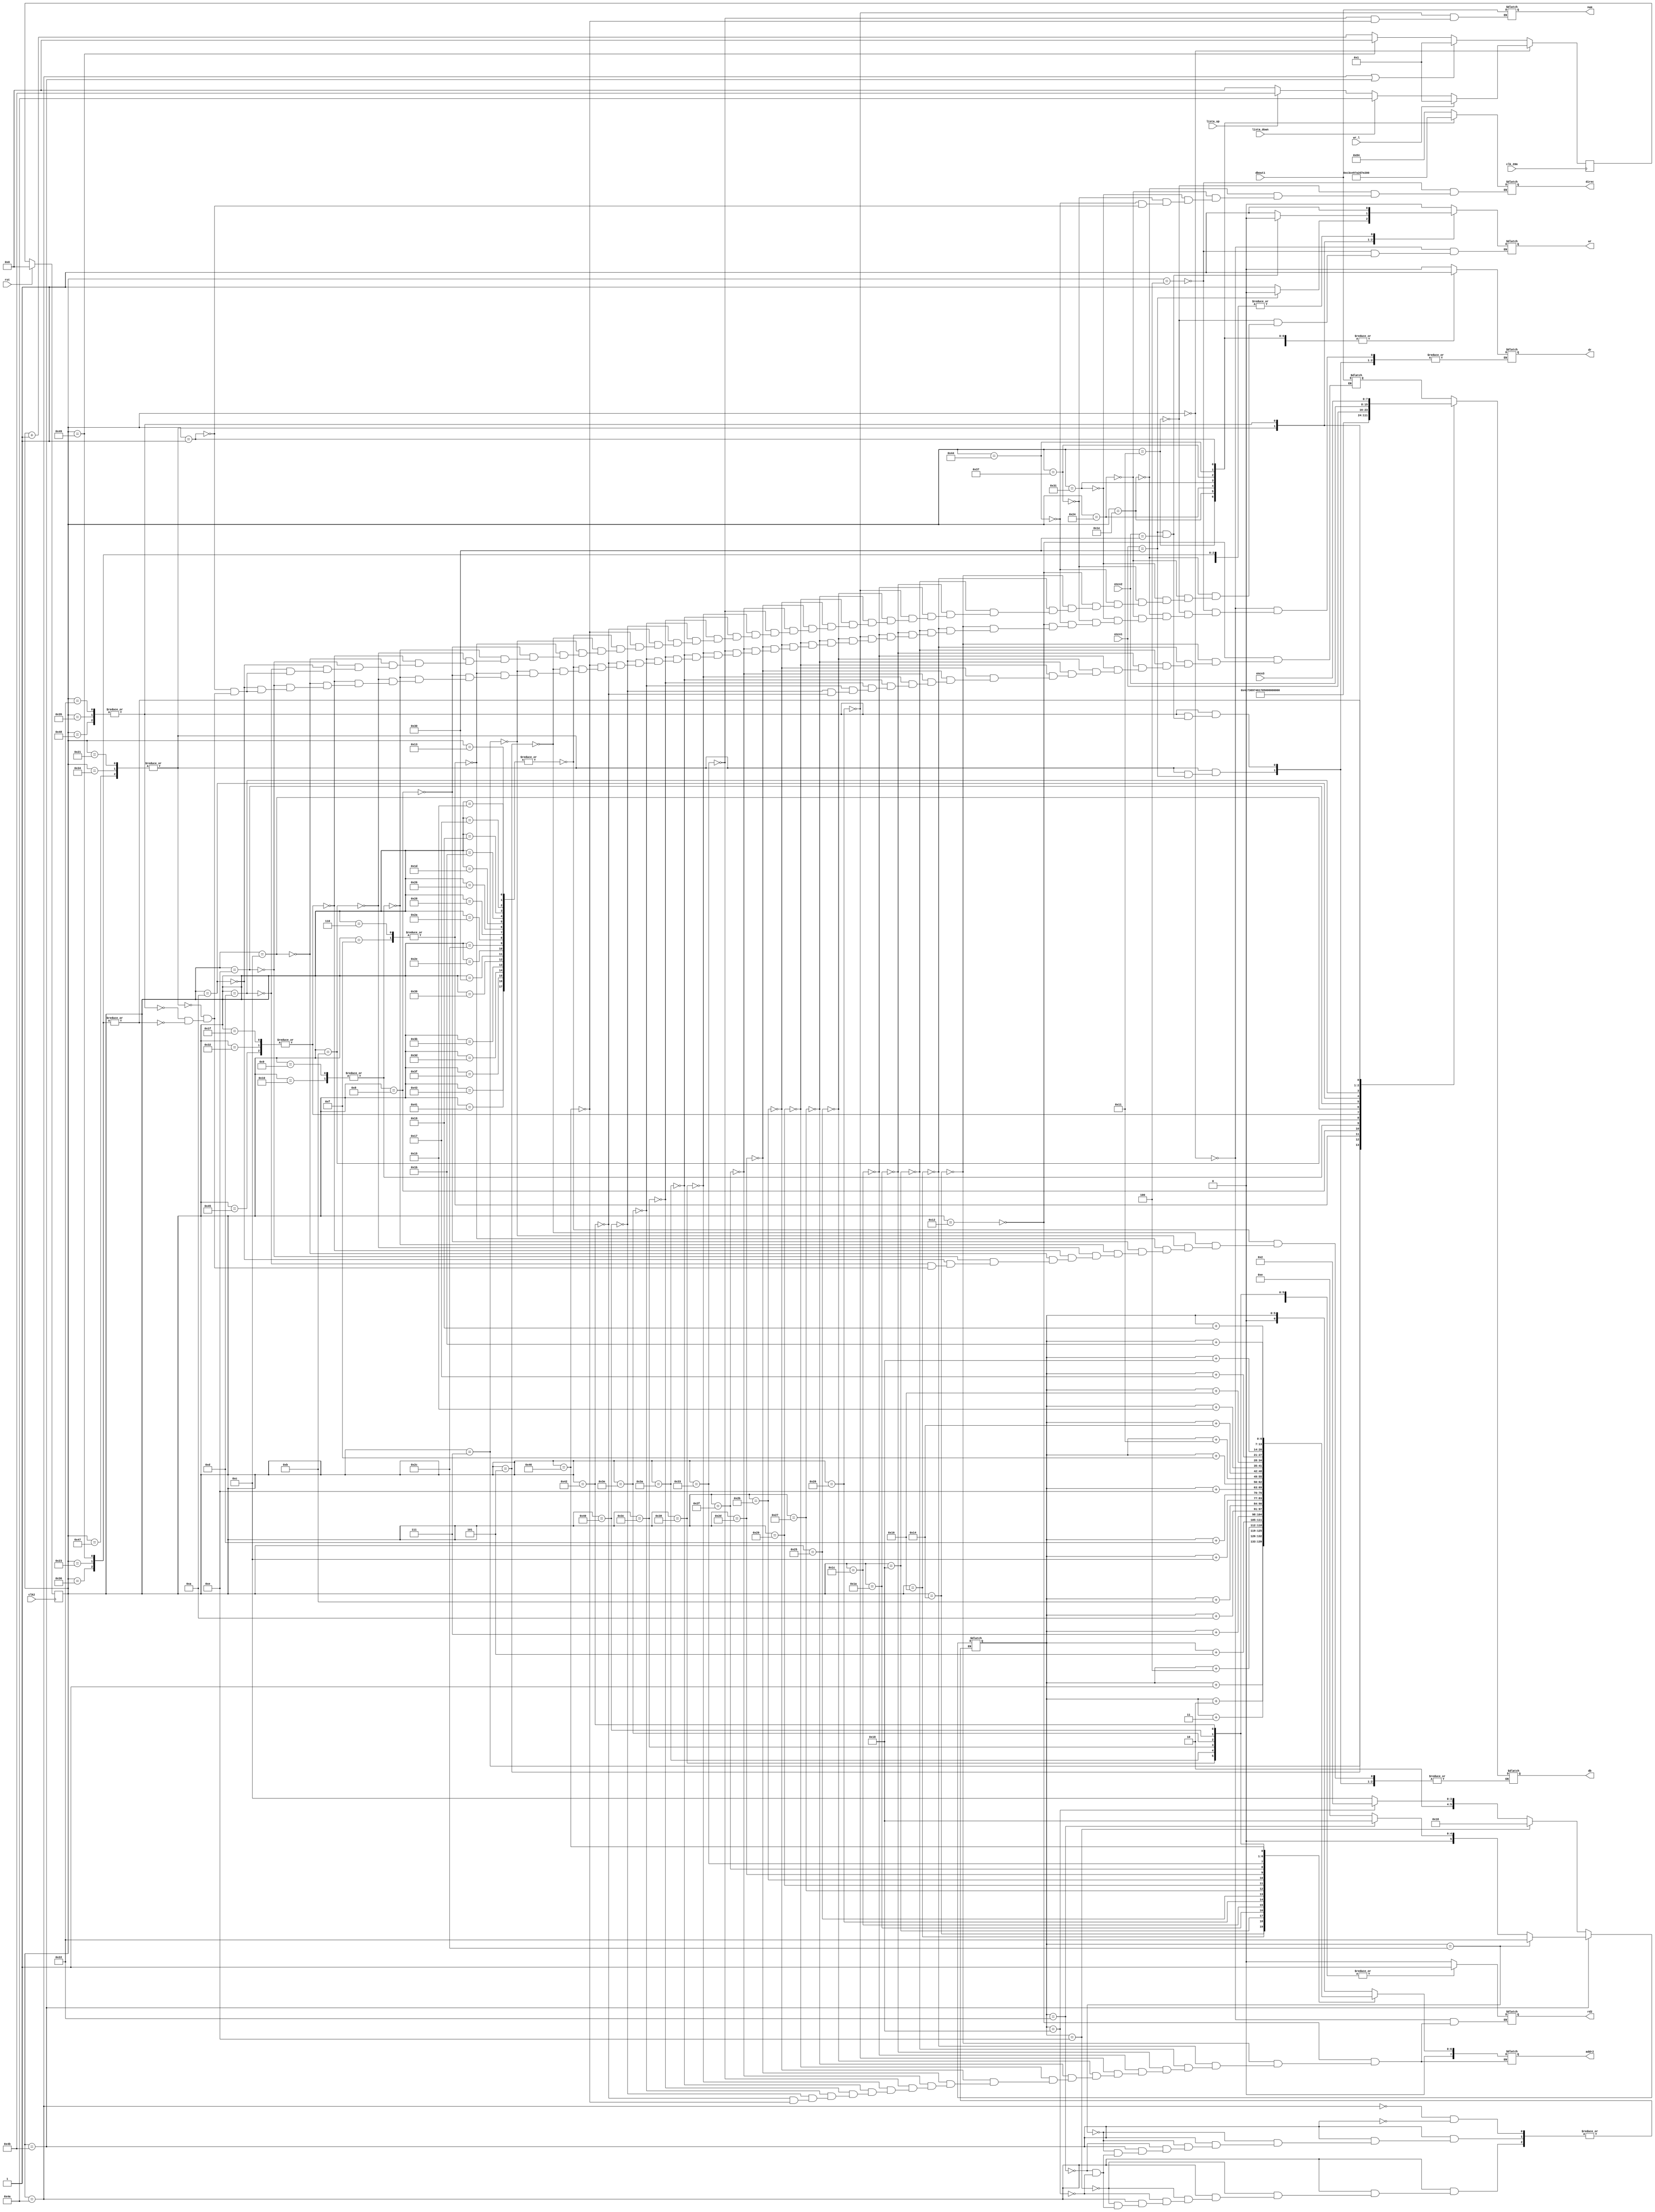
module lista(
	input lista_down,
	input lista_up,
	input rst,
	input clk2,
	input clk_20m,
	input wr_l,
	input [7:0] enco1,
	input [7:0] enco2,
	input [7:0] enco3,
	input [7:0] dbout1,
	output reg [7:0] db,
	output reg [7:0] addr2,
	output reg [7:0] direc,
	output reg wr,
	output reg dr,
	output reg rd2,
	output reg [7:0] num
	);

	reg [7:0] pos = 14;
	reg [6:0] estado = 0;
	reg [6:0] nestado = 0;
	reg [7:0] dbout = 0;
	parameter stay = 0;
	parameter erase = 1;
	parameter dr1 = 4;
	parameter ll = 5;
	parameter i = 6;
	parameter s = 7;
	parameter t = 8;
	parameter a = 9;	
	parameter espace = 10;
	parameter p = 11;
	parameter r = 12;
	parameter e = 13;
	parameter v = 14;
	parameter i2 = 15;
	parameter a2 = 16;
	parameter dr2 = 17; //producto 1
	parameter read = 18;
	parameter l1 = 19;
	parameter read2 = 20; 
	parameter l2 = 21;
	parameter read3 = 22;
	parameter l3 = 23;
	parameter read4 = 24;
	parameter l4 = 25;
	parameter read5 = 26;
	parameter l5 = 27;
	parameter read6 = 28;
	parameter l6 = 29;
	parameter dr3 = 30;
	parameter p2 = 31;
	parameter read7 = 32;
	parameter pasillo1 = 33;
	parameter pasillo2 = 34;
	parameter pasillo3 = 35;
	parameter dr4 = 36; //producto 2
	parameter read8 = 37;
	parameter l12 = 38;
	parameter read9 = 39; 
	parameter l22 = 40;
	parameter read10 = 41;
	parameter l32 = 42;
	parameter read11 = 43;
	parameter l42 = 44;
	parameter read12 = 45;
	parameter l52 = 46;
	parameter read13 = 47;
	parameter l62 = 48;
	parameter dr5 = 49;
	parameter p22 = 50;
	parameter read14 = 51;
	parameter pasillo12 = 52;
	parameter pasillo22 = 53;
	parameter pasillo32 = 54;
	parameter dr6 = 55; //producto 3
	parameter read15 = 56;
	parameter l13 = 57;
	parameter read16 = 58; 
	parameter l23 = 59;
	parameter read17 = 60;
	parameter l33 = 61;
	parameter read18 = 62;
	parameter l43 = 63;
	parameter read19 = 64;
	parameter l53 = 65;
	parameter read20 = 66;
	parameter l63 = 67;
	parameter dr7 = 68;
	parameter p23 = 69;
	parameter read21 = 70;
	parameter pasillo13 = 71;
	parameter pasillo23 = 72;
	parameter pasillo33 = 73;
	parameter aumentar = 74;
	parameter disminuir = 75;

	always@( negedge clk_20m ) //Logica de estado siguiente
	begin
	
	if( estado == stay)
	begin
	    if( wr_l )
	    begin
	        nestado = erase;
	    end
	    else if( lista_down ) nestado = aumentar;
	    else if( lista_up ) nestado = disminuir;
	    else
	    begin
		nestado = stay;
	    end
	end
	else if( estado == aumentar || estado == disminuir) nestado = erase;
	else if( estado == pasillo33 ) nestado = stay;
	else nestado = estado + 1; 
	end

	always@( posedge clk2 ) //Reset opcional, Actualizacion de estados
	begin

	if( rst ) estado = stay;
	else estado = nestado;

	end

	always@( estado ) //Memoria de estados
	begin
	case( estado )
	
	aumentar:
	begin 
	    if( pos == 14 ) pos = 24;
	    else if( pos == 24 ) pos = 34;
	    else if( pos == 34 ) pos = 44;
	end

	disminuir:
	begin 
	    
	    if( pos == 44 ) pos = 34;
	    else if( pos == 34 ) pos = 24;
	    else if( pos == 24 ) pos = 14;
	end

	stay:
	begin 
	    wr = 0;
	    dr = 0;
	    rd2 = 0;
	end

	dr1:
	begin
	    direc = 8'b10000100;
	    wr = 0;
	    dr = 1;
	end

	dr2:
	begin
	    direc = 8'b11000011;
	    wr = 0;
	    dr = 1;
	end

	dr3:
	begin
	    direc = 8'b11001110;
	    wr = 0;
	    dr = 1;
	end

	dr4:
	begin
	    direc = 8'b10010111;
	    wr = 0;
	    dr = 1;
	end

	dr5:
	begin
	    direc = 8'b10100010;
	    wr = 0;
	    dr = 1;
	end

	dr6:
	begin
	    direc = 8'b11010111;
	    wr = 0;
	    dr = 1;
	end

	dr7:
	begin
	    direc = 8'b11100010;
	    wr = 0;
	    dr = 1;
	end

	read:
	begin 
	    wr = 0;
	    dr = 0;
	    rd2 = 1;
	    addr2 = pos;
	    dbout = dbout1;
	end

	read2:
	begin 
	    wr = 0;
	    dr = 0;
	    rd2 = 1;
	    addr2 = pos + 1;
	    dbout = dbout1;
	end

	read3:
	begin 
	    wr = 0;
	    dr = 0;
	    rd2 = 1;
	    addr2 = pos + 2;
	    dbout = dbout1;
	end

	read4:
	begin 
	    wr = 0;
	    dr = 0;
	    rd2 = 1;
	    addr2 = pos + 3;
	    dbout = dbout1;
	end

	read5:
	begin 
	    wr = 0;
	    dr = 0;
	    rd2 = 1;
	    addr2 = pos + 4;
	    dbout = dbout1;
	end

	read6:
	begin 
	    wr = 0;
	    dr = 0;
	    rd2 = 1;
	    addr2 = pos + 5;
	    dbout = dbout1;
	end

	read7:
	begin 
	    wr = 0;
	    dr = 0;
	    rd2 = 1;
	    addr2 = pos + 7;
	    num = dbout1;
	end

	read8:
	begin 
	    wr = 0;
	    dr = 0;
	    rd2 = 1;
	    addr2 = pos + 10;
	    dbout = dbout1;
	end

	read9:
	begin 
	    wr = 0;
	    dr = 0;
	    rd2 = 1;
	    addr2 = pos + 11;
	    dbout = dbout1;
	end

	read10:
	begin 
	    wr = 0;
	    dr = 0;
	    rd2 = 1;
	    addr2 = pos + 12;
	    dbout = dbout1;
	end

	read11:
	begin 
	    wr = 0;
	    dr = 0;
	    rd2 = 1;
	    addr2 = pos + 13;
	    dbout = dbout1;
	end

	read12:
	begin 
	    wr = 0;
	    dr = 0;
	    rd2 = 1;
	    addr2 = pos + 14;
	    dbout = dbout1;
	end

	read13:
	begin 
	    wr = 0;
	    dr = 0;
	    rd2 = 1;
	    addr2 = pos + 15;
	    dbout = dbout1;
	end

	read14:
	begin 
	    wr = 0;
	    dr = 0;
	    rd2 = 1;
	    addr2 = pos + 17;
	    num = dbout1;
	end

	read15:
	begin 
	    wr = 0;
	    dr = 0;
	    rd2 = 1;
	    addr2 = pos + 20;
	    dbout = dbout1;
	end

	read16:
	begin 
	    wr = 0;
	    dr = 0;
	    rd2 = 1;
	    addr2 = pos + 21;
	    dbout = dbout1;
	end

	read17:
	begin 
	    wr = 0;
	    dr = 0;
	    rd2 = 1;
	    addr2 = pos + 22;
	    dbout = dbout1;
	end

	read18:
	begin 
	    wr = 0;
	    dr = 0;
	    rd2 = 1;
	    addr2 = pos + 23;
	    dbout = dbout1;
	end

	read19:
	begin 
	    wr = 0;
	    dr = 0;
	    rd2 = 1;
	    addr2 = pos + 24;
	    dbout = dbout1;
	end

	read20:
	begin 
	    wr = 0;
	    dr = 0;
	    rd2 = 1;
	    addr2 = pos + 25;
	    dbout = dbout1;
	end

	read21:
	begin 
	    wr = 0;
	    dr = 0;
	    rd2 = 1;
	    addr2 = pos + 27;
	    num = dbout1;
	end

	l1, l2, l3, l4, l5, l6, l12, l22, l32, l42, l52, l62, l13, l23, l33, l43, l53, l63:
	begin
	    
	    db = dbout;
	    wr = 1;
	    dr = 0;
	end
	
	ll:
	begin
	    db = 8'b01001100;
	    dr = 0;
	    wr = 1;
	end

	s:
	begin
	    db = 8'b01110011;
	    dr = 0;
	    wr = 1;
	end

	i, i2:
	begin
	    db = 8'b01101001;
	    dr = 0;
	    wr = 1;
	end

	t:
	begin
	    db = 8'b01110100;
	    dr = 0;
	    wr = 1;
	end

	a, a2:
	begin
	    db = 8'b01100001;
	    dr = 0;
	    wr = 1;
	end	

	p:
	begin
	    db = 8'b01110000;
	    dr = 0;
	    wr = 1;
	end

	p2, p22, p23:
	begin
	    db = 8'b01010000;
	    dr = 0;
	    wr = 1;
	end

	r:
	begin
	    db = 8'b01110010;
	    dr = 0;
	    wr = 1;
	end

	v:
	begin
	    db = 8'b01110110;
	    dr = 0;
	    wr = 1;
	end

	espace:
	begin
	    db = 8'b00100000;
	    dr = 0;
	    wr = 1;
	end

	e:
	begin
	    db = 8'b01100101;
	    wr = 1;
	end

	erase:
	begin
	    direc = 8'b00000001;
	    wr = 0;
	    dr = 1;
	end

	pasillo1, pasillo12, pasillo13:
	begin
	    if( enco1 == 48 ) wr = 0;
	    else
	    begin
		db = enco1;
		wr = 1;
		dr = 0;
	    end
	    
	end

	pasillo2, pasillo22, pasillo23:
	begin
	    if( enco1 == 48 && enco2 == 48 ) wr = 0;
	    else
	    begin 
	        db = enco2;
	        wr = 1;
	        dr = 0;
	    end	
	end

	pasillo3, pasillo32, pasillo33:
	begin
	    db = enco3;
	    wr = 1;
	    dr = 0;
	end

	endcase
	end
endmodule